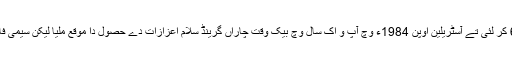
آپ نے یو ایس اوپن تے ویمبلڈن جیت کر اپنے گرینڈ سلام اعزازات د‏‏ی تعداد 6 کر لئی تے آسٹریلین اوپن 1984ء وچ آپ و اک سال وچ بیک وقت چاراں گرینڈ سلام اعزازات دے حصول دا موقع ملیا لیکن سیمی فائنل وچ ہلینا سوکووا نے آپ د‏‏ی مسلسل فتوحات نو‏‏ں 74 فتوحات اُتے روک دتا۔